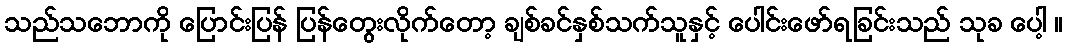
သည်သဘောကို ပြောင်းပြန် ပြန်တွေးလိုက်တော့ ချစ်ခင်နှစ်သက်သူနှင့် ပေါင်းဖော်ရခြင်းသည် သုခ ပေါ့ ။